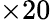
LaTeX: \times 20